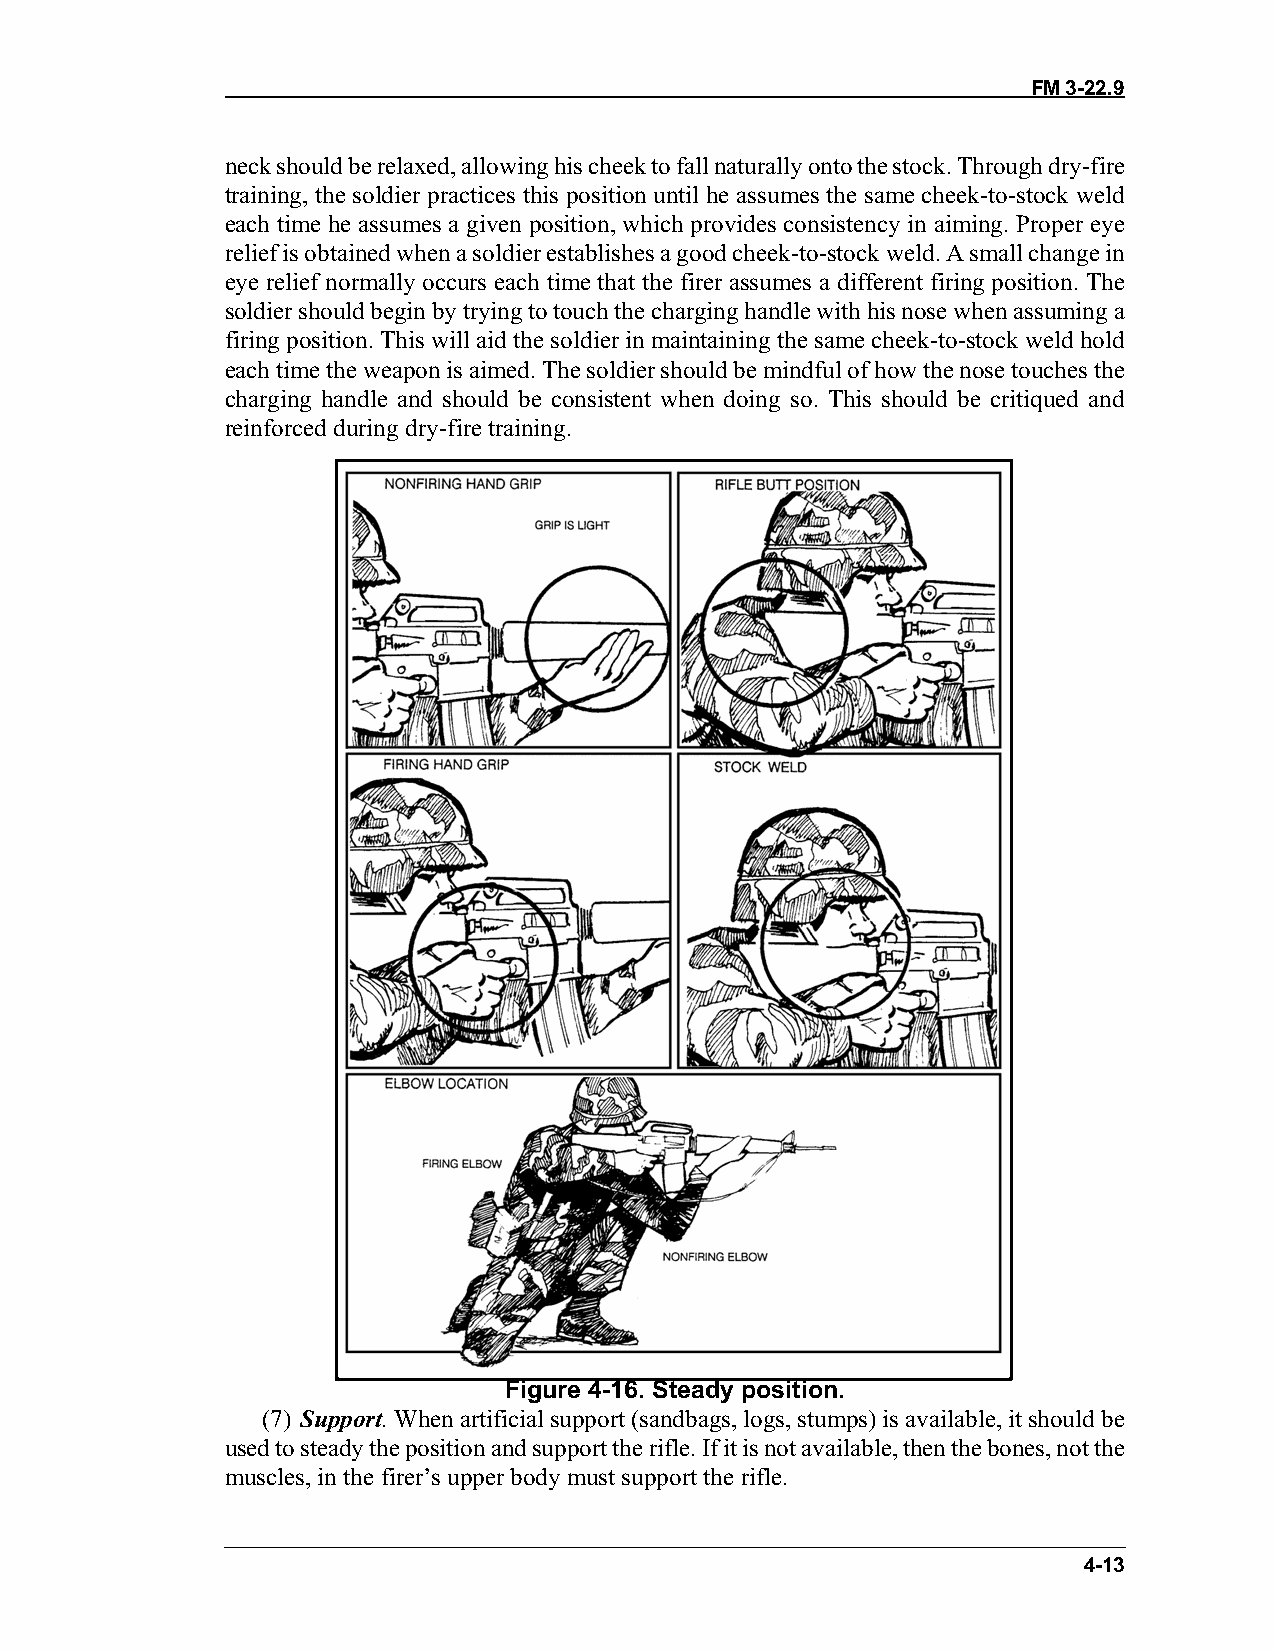
FM 3-22.9
 neck should be relaxed, allowing his cheek to fall naturally onto the stock. Through dry-fire
 training, the soldier practices this position until he assumes the same cheek-to-stock weld
 each time he assumes a given position, which provides consistency in aiming. Proper eye
 relief is obtained when a soldier establishes a good cheek-to-stock weld. A small change in
 eye relief normally occurs each time that the firer assumes a different firing position. The
 soldier should begin by trying to touch the charging handle with his nose when assuming a
 firing position. This will aid the soldier in maintaining the same cheek-to-stock weld hold
 each time the weapon is aimed. The soldier should be mindful of how the nose touches the
 charging handle and should be consistent when doing so. This should be critiqued and
 reinforced during dry-fire training.
 Figure 4-16. Steady position.
 (7) Support. When artificial support (sandbags, logs, stumps) is available, it should be
 used to steady the position and support the rifle. If it is not available, then the bones, not the
 muscles, in the firer’s upper body must support the rifle.
 4-13